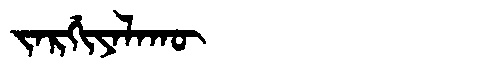
Manchu: ᠵᠠᡵᡤᡳᠶᠠᠯᠠᡴᡡ
Romanization: JARGIYALAKŪ